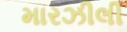
મારઝીલી